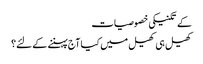
کے تکنیکی خصوصیات
کھیل ہی کھیل میں کیا آج پہننے کے لئے؟